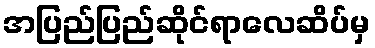
အပြည်ပြည်ဆိုင်ရာလေဆိပ်မှ